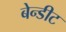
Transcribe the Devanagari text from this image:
बेन्डीट